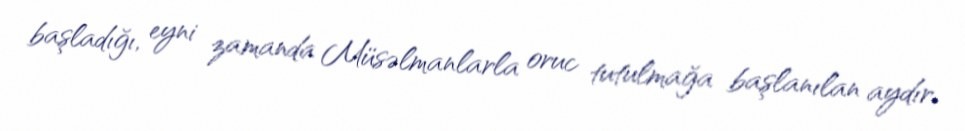
başladığı, eyni zamanda Müsəlmanlarla oruc tutulmağa başlanılan aydır.